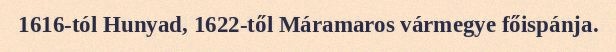
1616-tól Hunyad, 1622-től Máramaros vármegye főispánja.